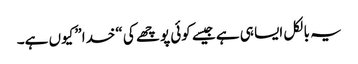
یہ بالکل ایسا ہی ہے جیسے کوئی پوچھے کی “خدا” کیوں ہے۔